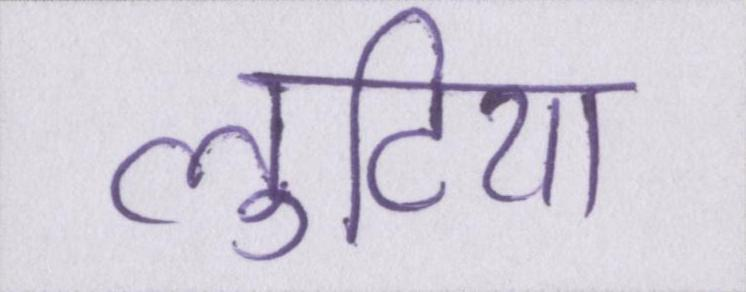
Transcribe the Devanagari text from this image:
लुटिया